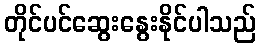
တိုင်ပင်ဆွေးနွေးနိုင်ပါသည်